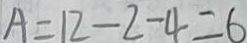
A = 1 2 - 2 - 4 = 6